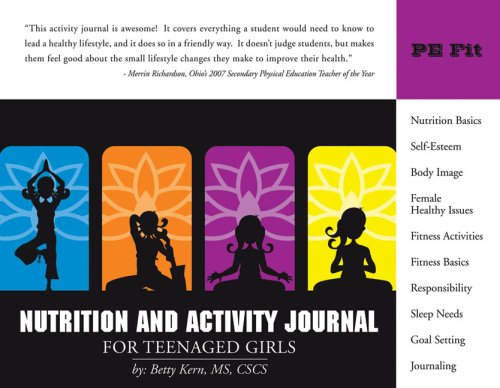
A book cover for Nutrition and Activity Journal for Teenaged Girls (Personal Wellness series); Betty Kern MS  CSCS; Teen & Young Adult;